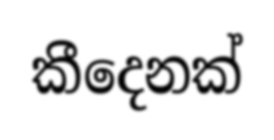
කීදෙනක්